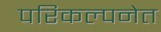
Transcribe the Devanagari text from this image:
परिकल्पनेत